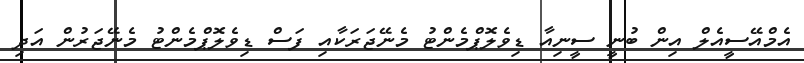
އެމްއޭސީއެލް އިން ބުނީ ސީނިއާ ޑިވެލޮޕްމެންޓު މެނޭޖަރަކާއި ފަސް ޑިވެލޮޕްމެންޓު މެނޭޖަރުން އަދި